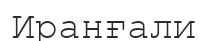
Иранғали